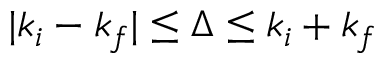
| k _ { i } - k _ { f } | \leq \Delta \leq k _ { i } + k _ { f }